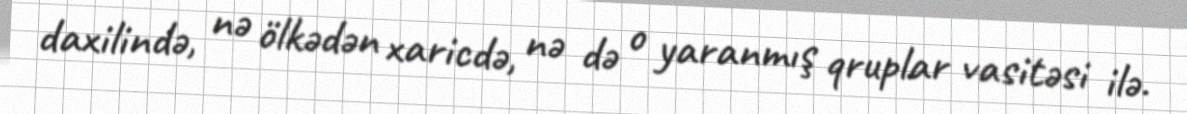
daxilində, nə ölkədən xaricdə, nə də o yaranmış qruplar vasitəsi ilə.